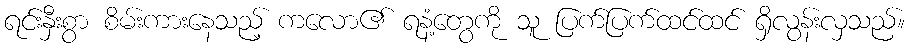
ရင်းနှီးစွာ စိမ်းကားနေသည့် ကလော၏ ရနံ့တွေကို သူ ပြက်ပြက်ထင်ထင် ရှိလွန်းလှသည်။